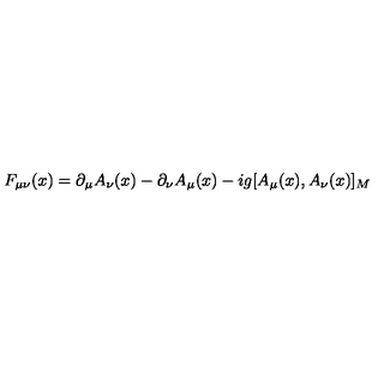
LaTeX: F _ { \mu \nu } ( x ) = \partial _ { \mu } A _ { \nu } ( x ) - \partial _ { \nu } A _ { \mu } ( x ) - i g [ A _ { \mu } ( x ) , A _ { \nu } ( x ) ] _ { M }